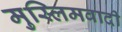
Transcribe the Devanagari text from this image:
मुस्लिमवादी